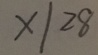
x \vert 2 8